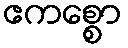
ဧကစ္စော